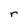
Character: r